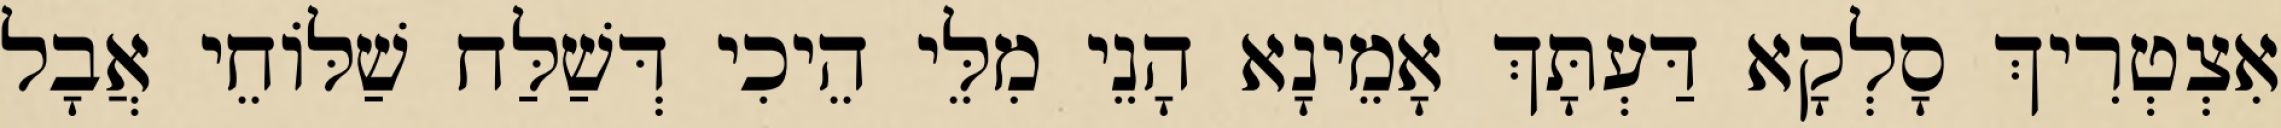
אִצְטְרִיךְ סָלְקָא דַּעְתָּךְ אָמֵינָא הָנֵי מִלֵּי הֵיכִי דְּשַׁלַּח שַׁלּוֹחֵי אֲבָל